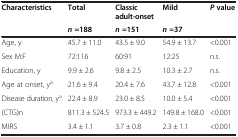
| <ROWSPAN=2> Characteristics | Total | Classic adult-onset | Mild | <ROWSPAN=2> Pvalue |
 | n=188 | n=151 | n=37 |
 | --- | --- | --- | --- | --- |
 | Age, y | 45.7 ± 11.0 | 43.5 ± 9.0 | 54.9 ± 13.7 | <0.001 |
 | Sex M:F | 72:116 | 60:91 | 12:25 | n.s. |
 | Education, y | 9.9 ± 2.6 | 9.8 ± 2.5 | 10.3 ± 2.7 | n.s. |
 | Age at onset, ya | 21.6 ± 9.4 | 20.4 ± 7.6 | 43.7 ± 12.8 | <0.001 |
 | Disease duration, ya | 22.4 ± 8.9 | 23.0 ± 8.5 | 10.0 ± 5.4 | <0.001 |
 | (CTG)n | 811.3 ± 524.5 | 973.3 ± 449.2 | 149.8 ± 168.0 | <0.001 |
 | MIRS | 3.4 ± 1.1 | 3.7 ± 0.8 | 2.3 ± 1.1 | <0.001 |